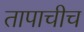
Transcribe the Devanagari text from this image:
तापाचीच